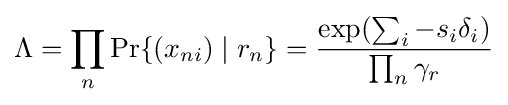
\Lambda =\prod _{n}\Pr\{(x_{ni})\mid r_{n}\}={\frac {\exp(\sum _{i}-s_{i}\delta _{i})}{\prod _{n}\gamma _{r}}}